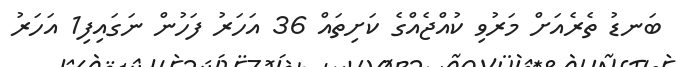
ބަނޑު ތެރެއަށް މަރުވި ކުއްޖެއްގެ ކަށިތައް 36 އަހަރު ފަހުން ނަގައިފި1 އަހަރު